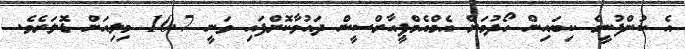
އެ ކުންފުނީގެ ކިބައިން ހޯދުމަށް އެމްއެމްޕީއާރްސީން ދައުވާކޮށްފައި ވަނީ 10.7 މިލިއަން ޑޮލަރެވެ.